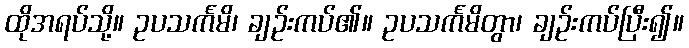
ထိုအရပ်သို့။ ဥပသင်္ကမိ၊ ချဉ်းကပ်၏။ ဥပသင်္ကမိတွာ၊ ချဉ်းကပ်ပြီး၍။